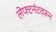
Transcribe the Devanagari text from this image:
लेफ्टनंटवरून